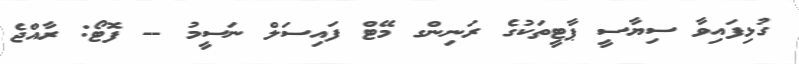
ގުޅިފައިވާ ސިޔާސީ ޕާޓީތަކުގެ ރަނިންގ މޭޓް ފައިސަލް ނަސީމު -- ފޮޓޯ: ރާއްޖެ